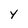
Character: Y